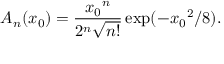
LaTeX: A _ { n } ( x _ { 0 } ) = \frac { { x _ { 0 } } ^ { n } } { 2 ^ { n } \sqrt { n ! } } \exp ( - { x _ { 0 } } ^ { 2 } / 8 ) .